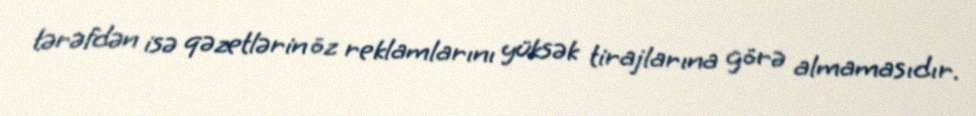
tərəfdən isə qəzetlərin öz reklamlarını yüksək tirajlarına görə almamasıdır.